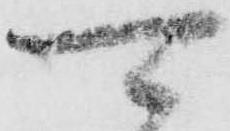
可